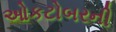
ઓકટોબરની